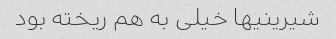
شیرینیها خیلی به هم ریخته بود